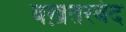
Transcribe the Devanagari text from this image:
बख़तरबंद